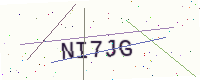
Text: NI7JG